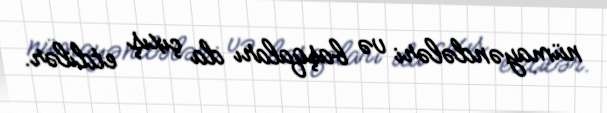
nümayəndələri və başqaları da çıxış etdilər.